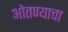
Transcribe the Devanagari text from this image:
ओतण्याचा